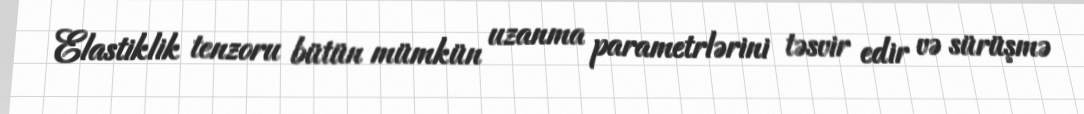
Elastiklik tenzoru bütün mümkün uzanma parametrlərini təsvir edir və sürüşmə